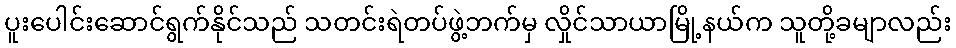
ပူးပေါင်းဆောင်ရွက်နိုင်သည် သတင်းရဲတပ်ဖွဲ့ဘက်မှ လှိုင်သာယာမြို့နယ်က သူတို့ခမျာလည်း